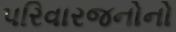
પરિવારજનોનો